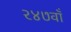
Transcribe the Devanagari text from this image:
२४७वाँ